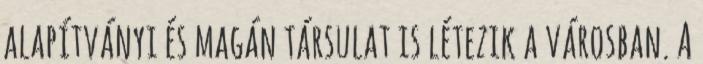
alapítványi és magán társulat is létezik a városban. A